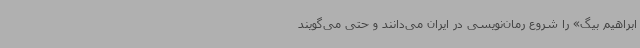
ابراهیم بیگ» را شروع رمان‌نویسی در ایران می‌دانند و حتی می‌گویند